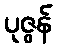
ပုဇွန်